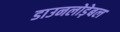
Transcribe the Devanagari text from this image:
डाउनलोड़ेबल